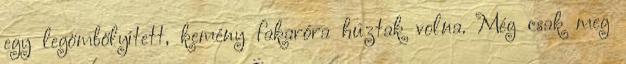
egy legömbölyített, kemény fakaróra húztak volna. Még csak meg